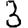
Digit: 3